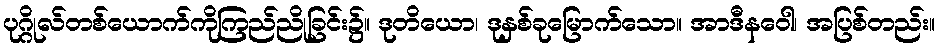
ပုဂ္ဂိုလ်တစ်ယောက်ကိုကြည်ညိုခြင်း၌။ ဒုတိယော၊ ဒုနှစ်ခုမြောက်သော။ အာဒီနဝေါ၊ အပြစ်တည်း။